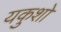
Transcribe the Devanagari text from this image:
यकुशो